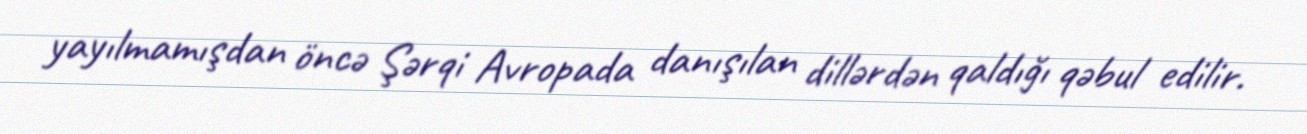
yayılmamışdan öncə Şərqi Avropada danışılan dillərdən qaldığı qəbul edilir.